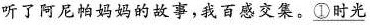
听了阿尼帕妈妈的故事，我百感交集。\underline{①时光}